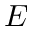
E